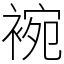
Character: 䘼